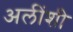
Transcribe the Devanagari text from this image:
अलींशी